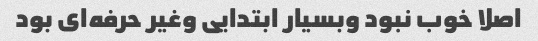
اصلا خوب نبود وبسیار ابتدایی وغیر حرفه‌ای بود